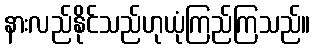
နားလည်နိုင်သည်ဟုယုံကြည်ကြသည်။